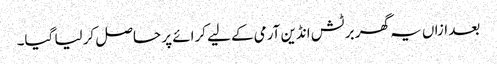
بعد ازاں یہ گھر برٹش انڈین آرمی کے لیے کرائے پر حاصل کر لیا گیا۔